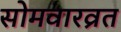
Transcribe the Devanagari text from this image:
सोमवारव्रत